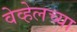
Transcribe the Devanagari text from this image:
वेव्हेलच्या